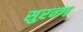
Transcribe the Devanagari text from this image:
सुरन्ग